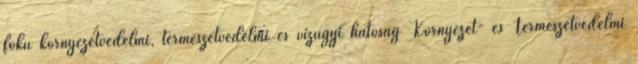
fokú környezetvédelmi, természetvédelmi és vízügyi hatóság Környezet- és Természetvédelmi